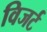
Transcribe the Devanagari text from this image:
विजर्ट